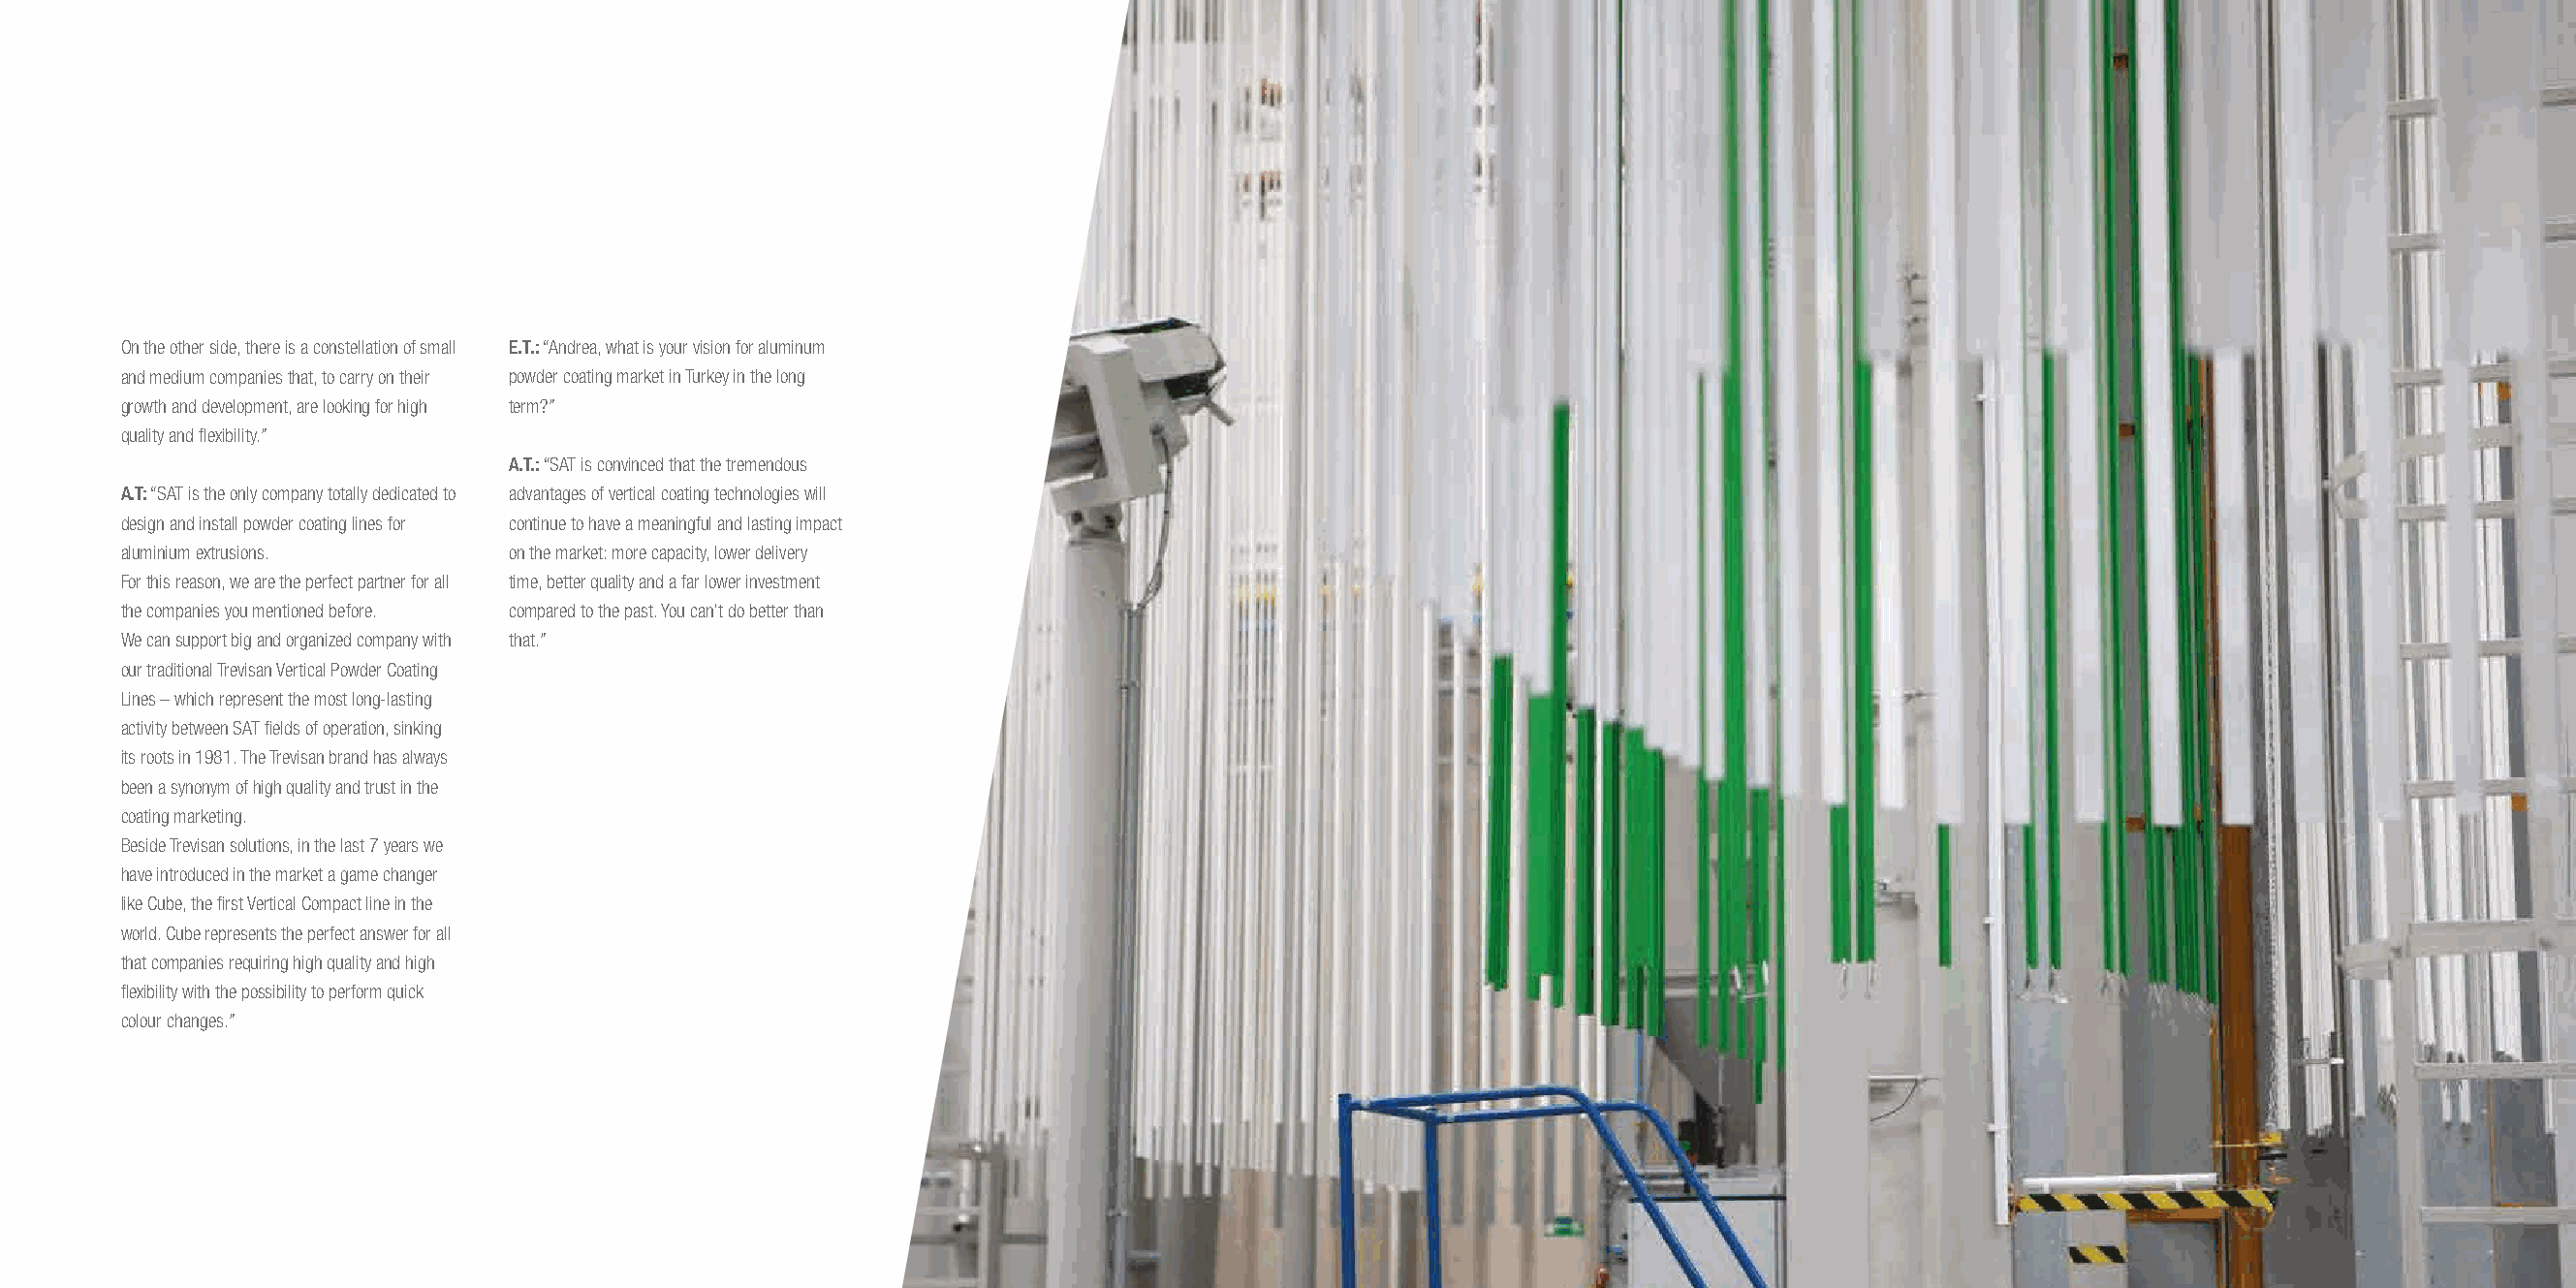
On the other side, there is a constellation of small E.T.: “Andrea, what is your vision for aluminum
 and medium companies that, to carry on their powder coating market in Turkey in the long
 growth and development, are looking for high term?”
 quality and flexibility.”
 A.T.: “SAT is convinced that the tremendous
 A.T: “SAT is the only company totally dedicated to advantages of vertical coating technologies will
 design and install powder coating lines for continue to have a meaningful and lasting impact
 aluminium extrusions.      on the market: more capacity, lower delivery
 For this reason, we are the perfect partner for all time, better quality and a far lower investment
 the companies you mentioned before. compared to the past. You can’t do better than
 We can support big and organized company with that.”
 our traditional Trevisan Vertical Powder Coating
 Lines – which represent the most long-lasting
 activity between SAT fields of operation, sinking
 its roots in 1981. The Trevisan brand has always
 been a synonym of high quality and trust in the
 coating marketing.
 Beside Trevisan solutions, in the last 7 years we
 have introduced in the market a game changer
 like Cube, the first Vertical Compact line in the
 world. Cube represents the perfect answer for all
 that companies requiring high quality and high
 flexibility with the possibility to perform quick
 colour changes.”